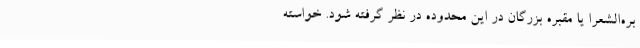
بره‌الشعرا یا مقبره بزرگان در این محدوده در نظر گرفته شود. خواسته